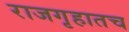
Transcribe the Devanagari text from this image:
राजगृहातच